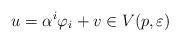
LaTeX: \begin{align*}u=\alpha^{i}\varphi_{i}+v\in V(p,\varepsilon) \end{align*}